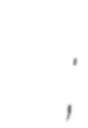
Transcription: عيسى الظفيري;